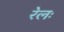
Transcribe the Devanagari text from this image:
रेलः